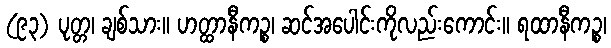
(၉၃) ပုတ္တ၊ ချစ်သား။ ဟတ္ထာနီကဉ္စ၊ ဆင်အပေါင်းကိုလည်းကောင်း။ ရထာနီကဉ္စ၊